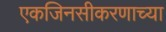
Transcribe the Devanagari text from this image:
एकजिनसीकरणाच्या